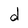
Character: d